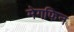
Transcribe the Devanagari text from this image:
मेगफिन